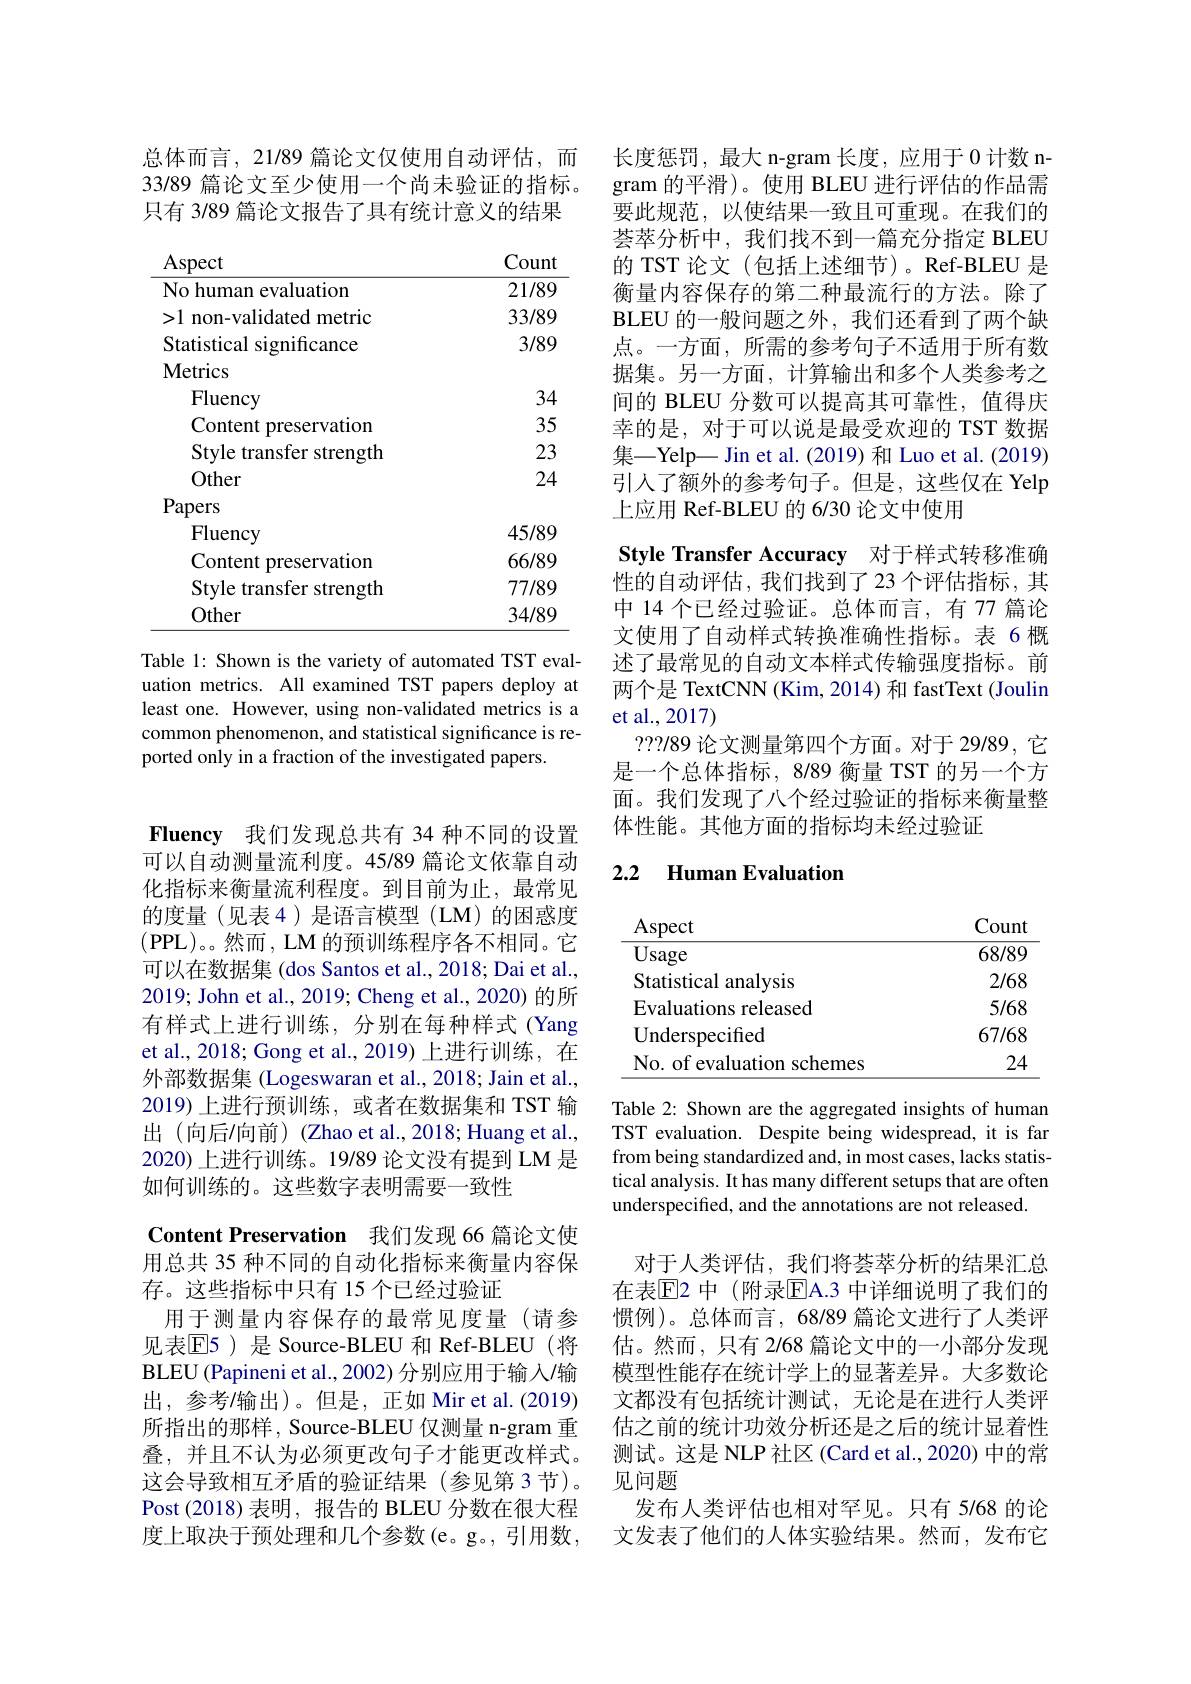
总体而言，21/89 篇论文仅使用自动评估，而33/89 篇论文至少使用一个尚未验证的指标。只有 3/89 篇论文报告了具有统计意义的结果

<table>
	<tbody>
		<tr>
			<th>Aspect</th>
			<th>Count</th>
		</tr>
		<tr>
			<td>No human evaluation</td>
			<td>21/89</td>
		</tr>
		<tr>
			<td>>1 non-validated metric</td>
			<td>33/89</td>
		</tr>
		<tr>
			<td>Statistical significance</td>
			<td>3/89</td>
		</tr>
		<tr>
			<td>Metrics</td>
			<td> </td>
		</tr>
		<tr>
			<td>Fluency</td>
			<td>34</td>
		</tr>
		<tr>
			<td>Content preservation</td>
			<td>35</td>
		</tr>
		<tr>
			<td>Style transfer strength</td>
			<td>23</td>
		</tr>
		<tr>
			<td>Other</td>
			<td>24</td>
		</tr>
		<tr>
			<td>Papers</td>
			<td> </td>
		</tr>
		<tr>
			<td>Fluency</td>
			<td>45/89</td>
		</tr>
		<tr>
			<td>Content preservation</td>
			<td>66/89</td>
		</tr>
		<tr>
			<td>Style transfer strength</td>
			<td>777/89</td>
		</tr>
		<tr>
			<td>Other</td>
			<td>34/89</td>
		</tr>
	</tbody>
</table>

Table 1: Shown is the variety of automated TST evaluation metrics. All examined TST papers deploy at least one. However, using non-validated metrics is a common phenomenon, and statistical significance is reported only in a fraction of the investigated papers.

Fluency 我们发现总共有 34 种不同的设置可以自动测量流利度。45/89 篇论文依靠自动化指标来衡量流利程度。到目前为止，最常见的度量(见表4)是语言模型(LM)的困惑度(PPL)。。然而 , LM 的预训练程序各不相同。它可以在数据集 (dos Santos et al., 2018; Dai et al., 2019; John et al., 2019; Cheng et al., 2020) 的所有样式上进行训练，分别在每种样式(Yang et al., 2018; Gong et al., 2019) 上进行训练，在外部数据集 (Logeswaran et al., 2018; Jain et al., 2019)上进行预训练，或者在数据集和 TST 输出 (向后/向前) (Zhao et al.,2018; Huang et al., 2020)上进行训练。19/89 论文没有提到 LM 是如何训练的。这些数字表明需要一致性
Content Preservation 我们发现 66 篇论文使用总共 35 种不同的自动化指标来衡量内容保存。这些指标中只有 15 个已经过验证
用于测量内容保存的最常见度量(请参见表E5)是 Source-BLEU 和 Ref-BLEU(将BLEU ( Papineni et al. , 2002) 分 别 应 用 于 输 入 / 输 出，参考/输出)。但是，正如 Mir et al.(2019) 所指出的那样，Source-BLEU 仅测量 n-gram 重叠，并且不认为必须更改句子才能更改样式。这会导致相互矛盾的验证结果(参见第 3 节)。Post (2018)表明，报告的 BLEU 分数在很大程度上取决于预处理和几个参数(e。g。, 引用数，

长度惩罚，最大 n-gram 长度，应用于 0 计数 ngram 的平滑)。使用 BLEU 进行评估的作品需要此规范，以使结果一致且可重现。在我们的荟萃分析中，我们找不到一篇充分指定 BLEU 的 TST 论文(包括上述细节)。Ref-BLEU 是衡量内容保存的第二种最流行的方法。除了BLEU 的一般问题之外，我们还看到了两个缺点。一方面，所需的参考句子不适用于所有数据集。另一方面，计算输出和多个人类参考之间的 BLEU 分数可以提高其可靠性，值得庆幸的是，对于可以说是最受欢迎的 TST 数据集-Yelp-Jin et al.(2019) 和 Luo et al.(2019) 引入了额外的参考句子。但是，这些仅在 Yelp 上应用 Ref-BLEU 的 6/30 论文中使用
Style Transfer Accuracy 对于样式转移准确性的自动评估，我们找到了23个评估指标，其中 14 个已经过验证。总体而言，有 77 篇论文使用了自动样式转换准确性指标。表 6 概述了最常见的自动文本样式传输强度指标。前两个是 TextCNN (Kim, 2014) 和 fastText (Joulin et al.,2017)
???/89论文测量第四个方面。对于 29/89, 它是一个总体指标，8/89 衡量 TST 的另一个方面。我们发现了八个经过验证的指标来衡量整体性能。其他方面的指标均未经过验证

### 2.2 Human Evaluatior

<table>
	<tbody>
		<tr>
			<th>Aspect</th>
			<th>Count</th>
		</tr>
		<tr>
			<td>Usage</td>
			<td>68/89</td>
		</tr>
		<tr>
			<td>Statistical analysis</td>
			<td>2/68</td>
		</tr>
		<tr>
			<td>Evaluations released</td>
			<td>5/68</td>
		</tr>
		<tr>
			<td>Underspecified</td>
			<td>67/68</td>
		</tr>
		<tr>
			<td>No. of evaluation schemes</td>
			<td>24</td>
		</tr>
	</tbody>
</table>

Table 2: Shown are the aggregated insights of human TST evaluation. Despite being widespread, it is far from being standardized and, in most cases, lacks statistical analysis. It has many different setups that are often underspecified, and the annotations are not released

对于人类评估，我们将荟萃分析的结果汇总在表$\overline{\mathrm{E}}$2 中 (附录$\overline{\mathrm{E}}$A.3 中详细说明了我们的惯例)。总体而言，68/89 篇论文进行了人类评估。然而，只有 2/68 篇论文中的一小部分发现模型性能存在统计学上的显著差异。大多数论文都没有包括统计测试，无论是在进行人类评估之前的统计功效分析还是之后的统计显着性测试。这是 NLP 社区 (Card et al., 2020) 中的常见问题
发布人类评估也相对罕见。只有 5/68 的论文发表了他们的人体实验结果。然而，发布它